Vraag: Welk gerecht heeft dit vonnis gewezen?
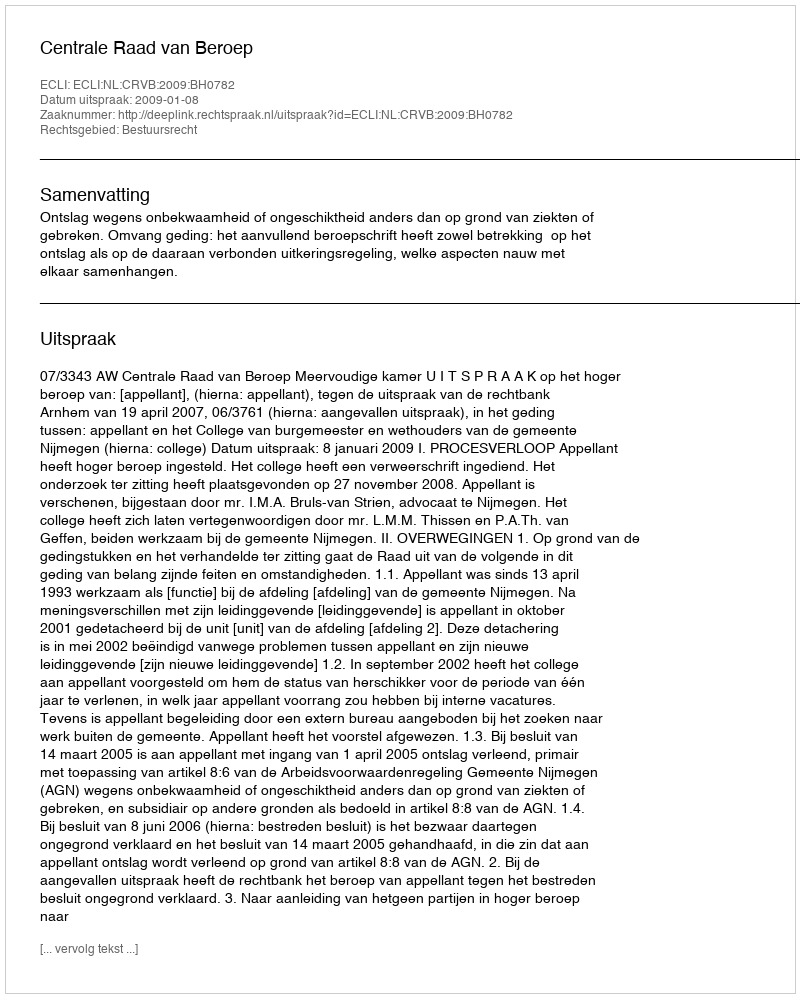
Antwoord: Centrale Raad van Beroep